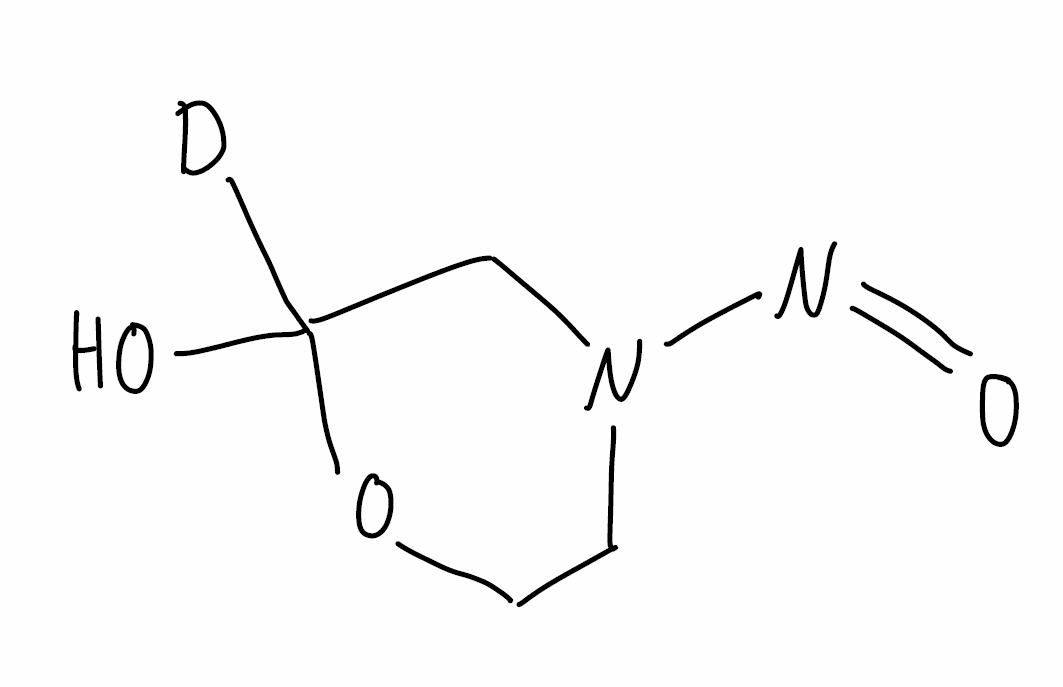
Simplified molecular-input line-entry system (SMILES) notation of the given molecule:
[2H]C1(CN(CCO1)N=O)O